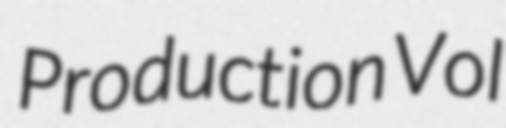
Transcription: Production Vol